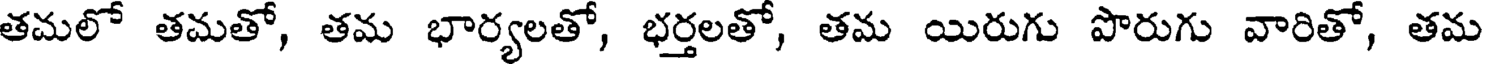
తమలో తమతో, తమ భార్యలతో, భర్తలతో, తమ యిరుగు పొరుగు వారితో, తమ